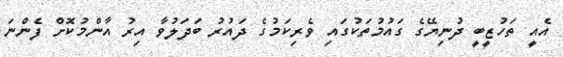
އެއީ ތަހުޒީބީ ދުނިޔޭގެ ގައުމުތަކުގައި ވެރިކަމުގެ ދައުރު ބަދަލުވާ އިރު އާންމުކޮށް ފެންނަ